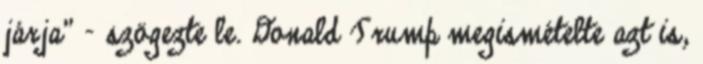
járja" - szögezte le. Donald Trump megismételte azt is,